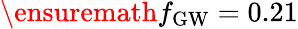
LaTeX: \ensuremath{f_{\mathrm{GW}}}=0.21